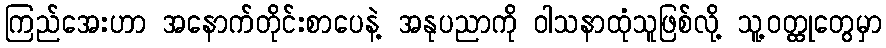
ကြည်အေးဟာ အနောက်တိုင်းစာပေနဲ့ အနုပညာကို ဝါသနာထုံသူဖြစ်လို့ သူ့ဝတ္ထုတွေမှာ